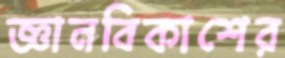
জ্ঞানবিকাশের